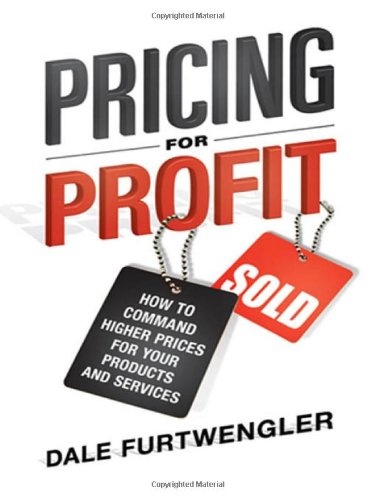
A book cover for Pricing for Profit: How to Command Higher Prices for Your Products and Services; Dale Furtwengler; Business & Money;